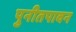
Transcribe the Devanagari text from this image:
पुनीतपावन